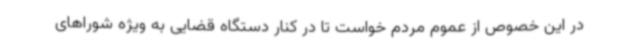
در این خصوص از عموم مردم خواست تا در کنار دستگاه قضایی به ویژه شوراهای